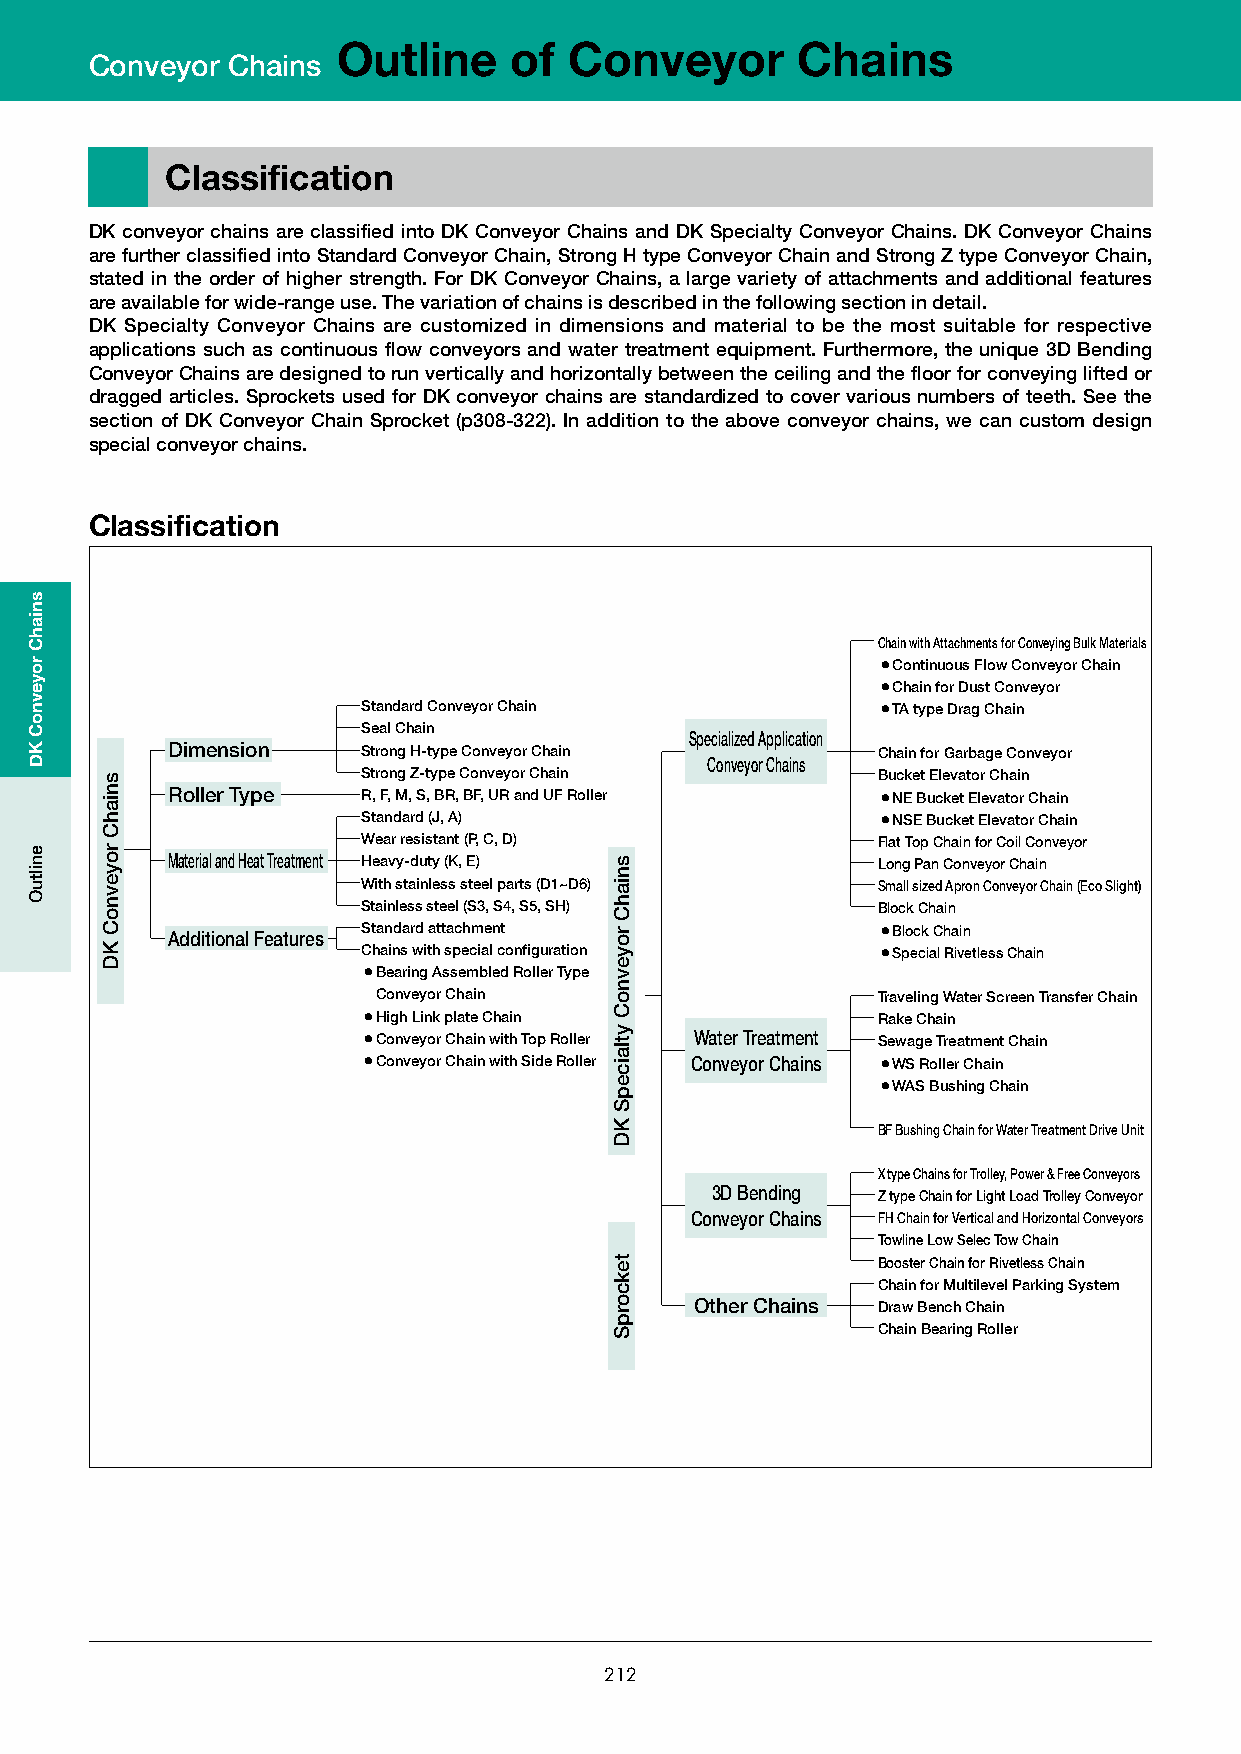
Outline     of  Conveyor       Chains
 Conveyor Chains
 Classification
 DK conveyor chains are classified into DK Conveyor Chains and DK Specialty Conveyor Chains. DK Conveyor Chains
 are further classified into Standard Conveyor Chain, Strong H type Conveyor Chain and Strong Z type Conveyor Chain,
 stated in the order of higher strength. For DK Conveyor Chains, a large variety of attachments and additional features
 are available for wide-range use. The variation of chains is described in the following section in detail.
 DK Specialty Conveyor Chains are customized in dimensions and material to be the most suitable for respective
 applications such as continuous flow conveyors and water treatment equipment. Furthermore, the unique 3D Bending
 Conveyor Chains are designed to run vertically and horizontally between the ceiling and the floor for conveying lifted or
 dragged articles. Sprockets used for DK conveyor chains are standardized to cover various numbers of teeth. See the
 section of DK Conveyor Chain Sprocket (p308-322). In addition to the above conveyor chains, we can custom design
 special conveyor chains.
 Classification
 Chain with Attachments for Conveying Bulk Materials
 ¡Continuous Flow Conveyor Chain
 ¡Chain for Dust Conveyor
 Standard Conveyor Chain           ¡TA type Drag Chain
 Seal Chain
 Specialized Application
 Dimension    Strong H-type Conveyor Chain      Chain for Garbage Conveyor
 Conveyor Chains
 Strong Z-type Conveyor Chain      Bucket Elevator Chain
 Roller Type  R, F, M, S, BR, BF, UR and UF Roller ¡NE Bucket Elevator Chain
 Standard (J, A)                   ¡NSE Bucket Elevator Chain
 Wear resistant (P, C, D)          Flat Top Chain for Coil Conveyor
 Material and Heat Treatment Heavy-duty (K, E)  Long Pan Conveyor Chain
 With stainless steel parts (D1~D6) Small sized Apron Conveyor Chain (Eco Slight)
 Stainless steel (S3, S4, S5, SH)  Block Chain
 Additional Features Standard attachment        ¡Block Chain
 Chains with special configuration ¡Special Rivetless Chain
 ¡Bearing Assembled Roller Type
 Conveyor Chain                   Traveling Water Screen Transfer Chain
 ¡High Link plate Chain            Rake Chain
 ¡Conveyor Chain with Top Roller Water Treatment Sewage Treatment Chain
 ¡Conveyor Chain with Side Roller Conveyor Chains ¡WS Roller Chain
 ¡WAS Bushing Chain
 BF Bushing Chain for Water Treatment Drive Unit
 X type Chains for Trolley, Power & Free Conveyors
 3D Bending Z type Chain for Light Load Trolley Conveyor
 Conveyor Chains FH Chain for Vertical and Horizontal Conveyors
 Towline Low Selec Tow Chain
 Booster Chain for Rivetless Chain
 Chain for Multilevel Parking System
 Other Chains Draw Bench Chain
 Chain Bearing Roller
 212
 sniahC
 royevnoC
 KD
 eniltuO
 sniahC
 royevnoC
 KD
 sniahC
 royevnoC
 ytlaicepS
 KD
 tekcorpS